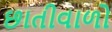
છાતીવાળો